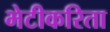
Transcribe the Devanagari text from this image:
भेटीकरिता